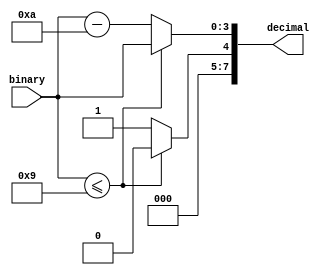
module decimal_counter_11 (
    input [3:0] binary,
    output reg [7:0] decimal
  );
  
  
  
  always @* begin
    if (binary <= 4'h9) begin
      decimal[0+3-:4] = binary;
      decimal[4+3-:4] = 4'h0;
    end else begin
      decimal[0+3-:4] = binary - 4'ha;
      decimal[4+3-:4] = 4'h1;
    end
  end
endmodule